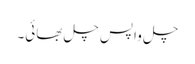
چل واپس چل بھائی۔